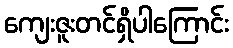
ကျေးဇူးတင်ရှိပါကြောင်း